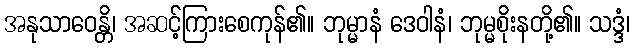
အနုသာဝေန္တိ၊ အဆင့်ကြားစေကုန်၏။ ဘုမ္မာနံ ဒေဝါနံ၊ ဘုမ္မစိုးနတို့၏။ သဒ္ဒံ၊